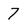
Character: 7